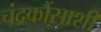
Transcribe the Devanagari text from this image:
चंद्रकौंसाशी